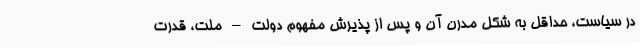
در سیاست، حداقل به شکل مدرن آن و پس از پذیرش مفهوم دولت – ملت، قدرت